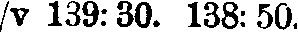
/v 139:30. 138: 50.